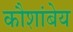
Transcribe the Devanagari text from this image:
कौशांबेय